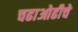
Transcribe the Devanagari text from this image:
चढाओढीचे